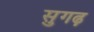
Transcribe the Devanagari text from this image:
सुगढ़